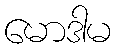
မောဒါမ